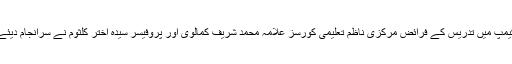
کیمپ میں تدریس کے فرائض مرکزی ناظم تعلیمی کورسز علامہ محمد شریف کمالوی اور پروفیسر سیدہ اختر کلثوم نے سرانجام دیئے۔